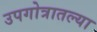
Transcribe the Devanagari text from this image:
उपगोत्रातल्या